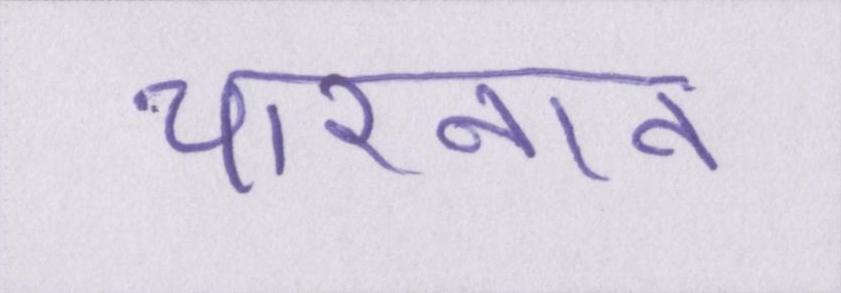
चारनान